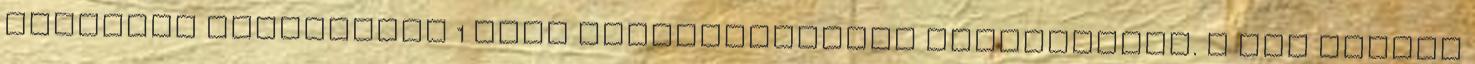
minősülő termékekre 1 éves cseregaranciát biztosítunk. A nem tartós